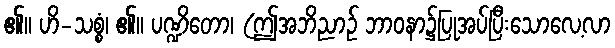
၏။ ဟိ-သစ္စံ၊ ၏။ ပဏ္ဍိတော၊ (ဤအဘိညာဉ် ဘာဝနာ၌ပြုအပ်ပြီးသောလေ့လာ